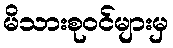
မိသားစုဝင်များမှ